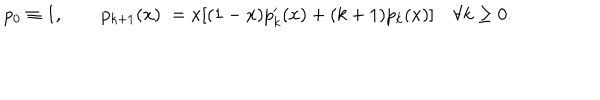
p _ { 0 } \equiv 1 , \qquad p _ { k + 1 } ( x ) : = x [ ( 1 - x ) p _ { k } ^ { \prime } ( x ) + ( k + 1 ) p _ { k } ( x ) ] \quad \forall k \ge 0 .